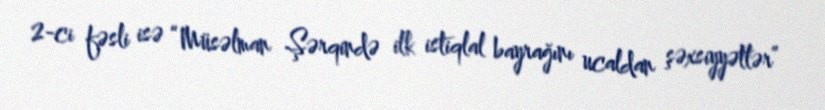
2-ci fəsli isə “Müsəlman Şərqində ilk istiqlal bayrağını ucaldan şəxsiyyətlər”